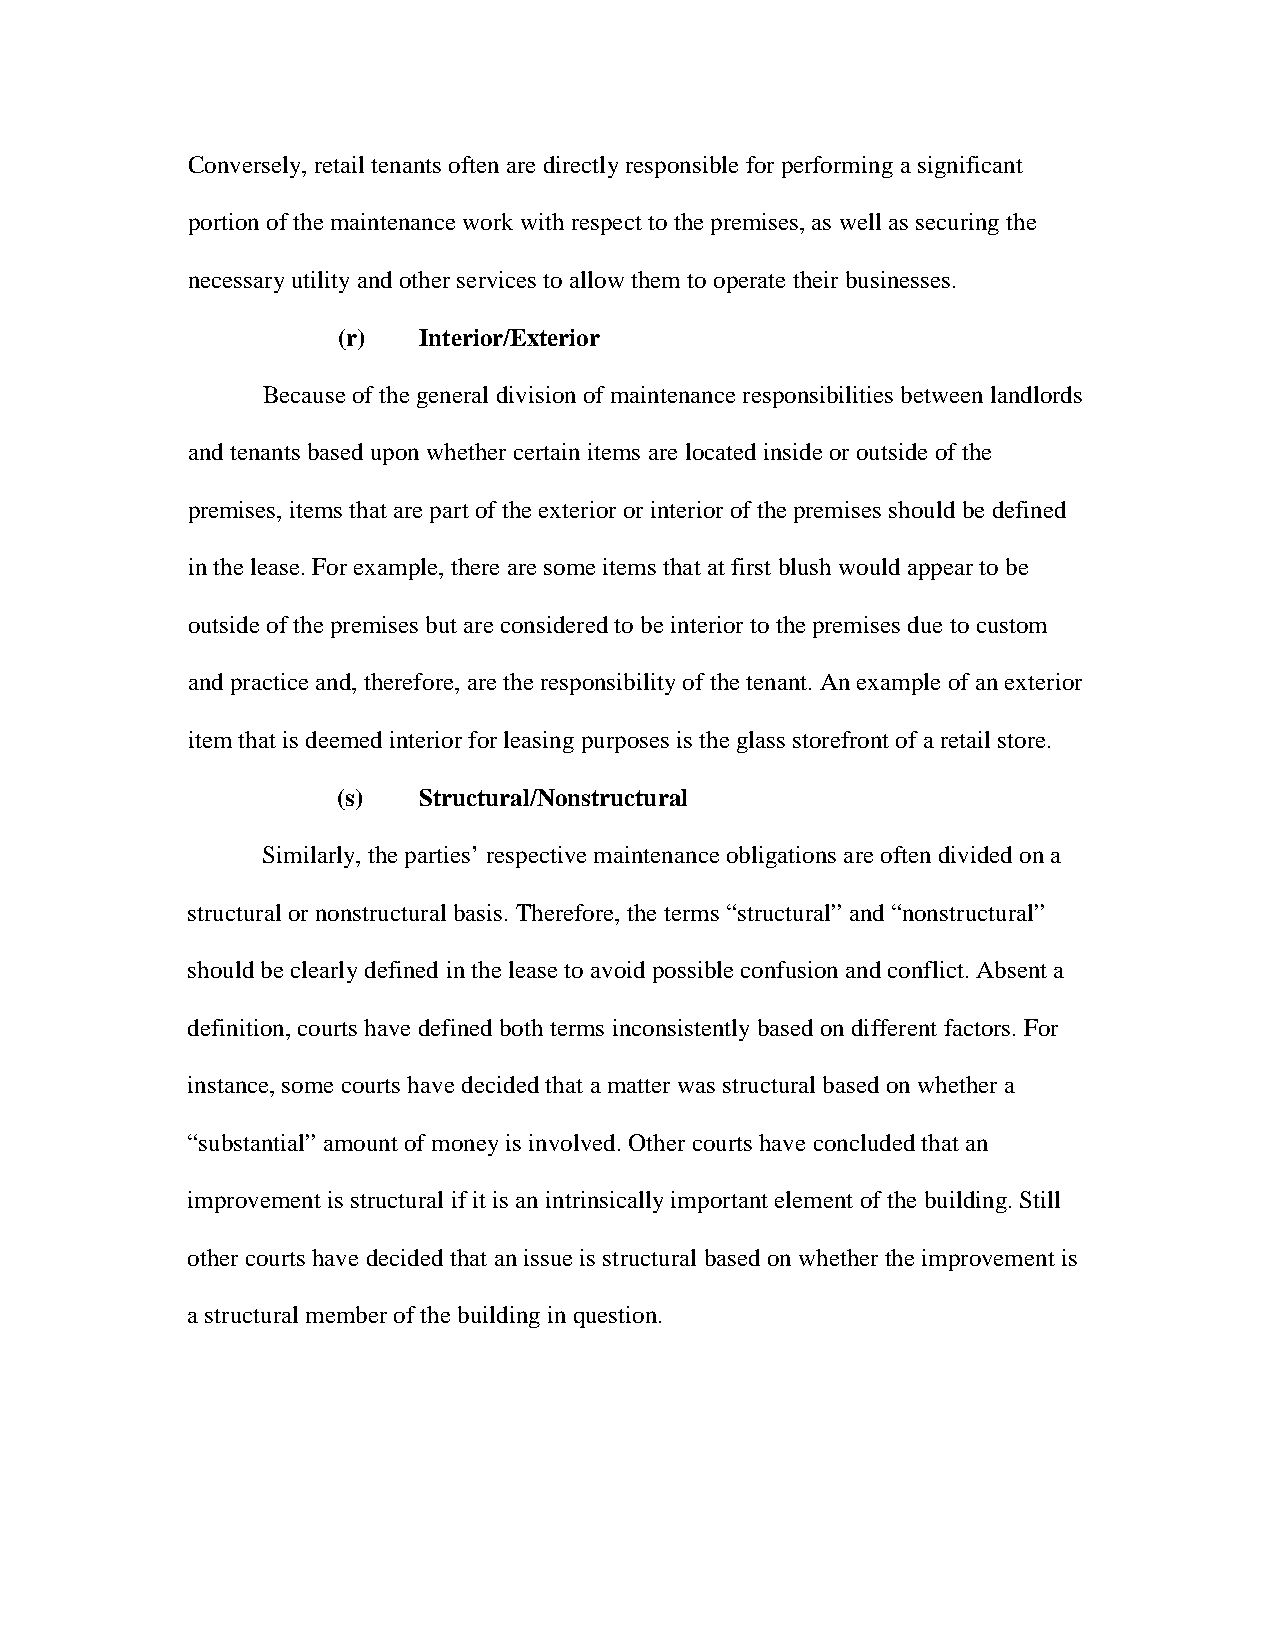
Conversely, retail tenants often are directly responsible for performing a significant
 portion of the maintenance work with respect to the premises, as well as securing the
 necessary utility and other services to allow them to operate their businesses.
 (r)   Interior/Exterior
 Because of the general division of maintenance responsibilities between landlords
 and tenants based upon whether certain items are located inside or outside of the
 premises, items that are part of the exterior or interior of the premises should be defined
 in the lease. For example, there are some items that at first blush would appear to be
 outside of the premises but are considered to be interior to the premises due to custom
 and practice and, therefore, are the responsibility of the tenant. An example of an exterior
 item that is deemed interior for leasing purposes is the glass storefront of a retail store.
 (s)   Structural/Nonstructural
 Similarly, the parties’ respective maintenance obligations are often divided on a
 structural or nonstructural basis. Therefore, the terms “structural” and “nonstructural”
 should be clearly defined in the lease to avoid possible confusion and conflict. Absent a
 definition, courts have defined both terms inconsistently based on different factors. For
 instance, some courts have decided that a matter was structural based on whether a
 “substantial” amount of money is involved. Other courts have concluded that an
 improvement is structural if it is an intrinsically important element of the building. Still
 other courts have decided that an issue is structural based on whether the improvement is
 a structural member of the building in question.